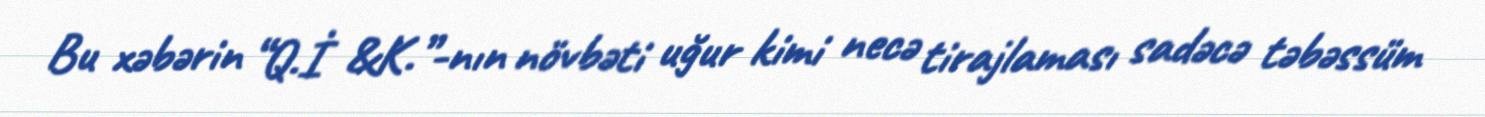
Bu xəbərin “Q.İ &K.”-nın növbəti uğur kimi necə tirajlaması sadəcə təbəssüm